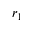
r _ { 1 }